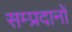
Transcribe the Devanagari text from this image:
सम्प्रदानों